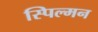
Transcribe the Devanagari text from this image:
स्पिल्मन